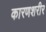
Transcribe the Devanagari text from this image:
कारणशरीर